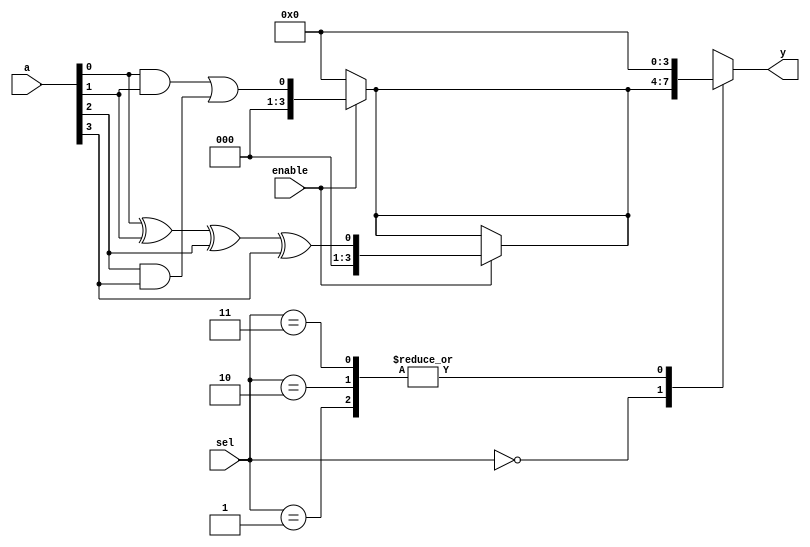
module CLB (
    input  wire [3:0]  a,        // 4 input signals for LUTs
    input  wire [1:0]  sel,      // Select signal for multiplexers
    input  wire        enable,    // Enable signal for the logic cells
    output wire [3:0]  y         // 4 output signals
);

// Internal wires for LUT outputs
wire [3:0] lut_out;

// Logic Cell 1: 4-input LUT
function [3:0] lut1;
    input [3:0] a;
    begin
        // Example: LUT implementation (AND-OR)
        lut1 = (a[0] & a[1]) | (a[2] & a[3]);
    end
endfunction

// Logic Cell 2: 4-input LUT
function [3:0] lut2;
    input [3:0] a;
    begin
        // Example: LUT implementation (XOR)
        lut2 = a[0] ^ a[1] ^ a[2] ^ a[3];
    end
endfunction

// Assigning LUT outputs based on enabled logic cells
assign lut_out = enable ? lut1(a) : 4'b0000; // Use lut1 if enabled
assign lut_out = enable ? lut2(a) : lut_out; // Use lut2 if enabled

// Multiplexer to select between LUT outputs
always @(*) begin
    case (sel)
        2'b00: y = lut_out;        // Output from LUT1
        2'b01: y = 4'b0000;        // No output or another LUT
        2'b10: y = 4'b0000;        // No output or another LUT
        2'b11: y = 4'b0000;        // No output or another LUT
        default: y = 4'b0000;      // Default case
    endcase
end

endmodule